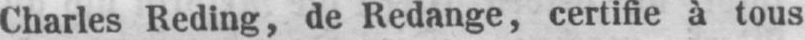
Charles Reding, de Redange, certifie à tous